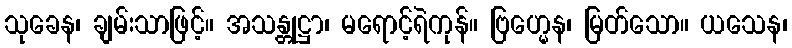
သုခေန၊ ချမ်းသာဖြင့်။ အသန္တုဋ္ဌာ၊ မရောင့်ရဲကုန်။ ဗြဟ္မေန၊ မြတ်သော။ ယသေန၊